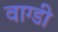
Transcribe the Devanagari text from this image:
वाग्डी